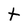
Character: t